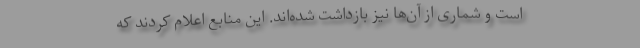
است و شماری از آن‌ها نیز بازداشت شده‌اند. این منابع اعلام کردند که